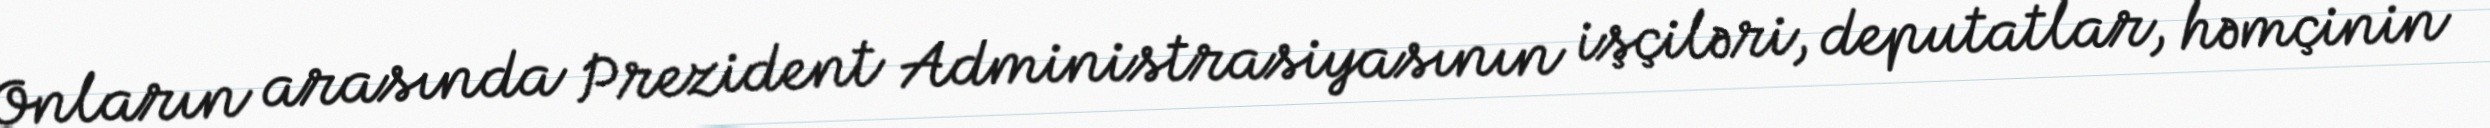
Onların arasında Prezident Administrasiyasının işçiləri, deputatlar, həmçinin